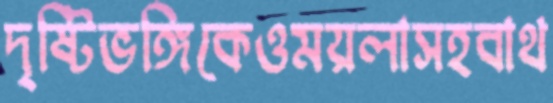
দৃষ্টিভঙ্গিকেওময়লাসহবাথ